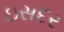
ઇસદર